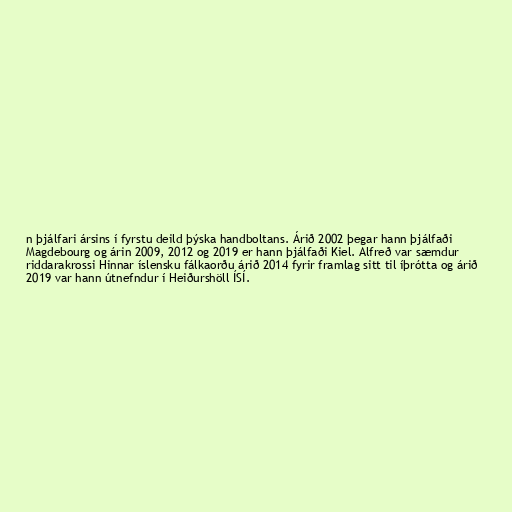
n þjálfari ársins í fyrstu deild þýska handboltans. Árið 2002 þegar hann þjálfaði
Magdebourg og árin 2009, 2012 og 2019 er hann þjálfaði Kiel. Alfreð var sæmdur
riddarakrossi Hinnar íslensku fálkaorðu árið 2014 fyrir framlag sitt til íþrótta og árið
2019 var hann útnefndur í Heiðurshöll ÍSÍ.